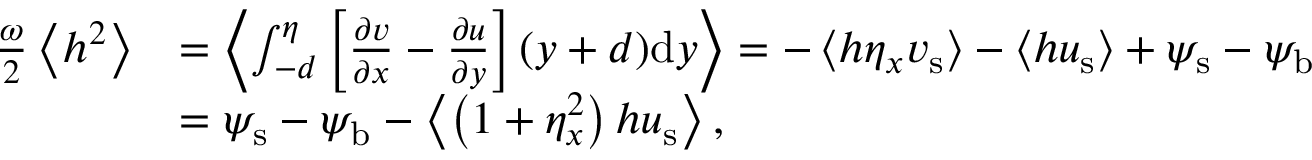
\begin{array} { r l } { \frac { \omega } { 2 } \left< h ^ { 2 } \right> } & { = \left< \int _ { - d } ^ { \eta } \left[ \frac { \partial v } { \partial x } - \frac { \partial u } { \partial y } \right] ( y + d ) \mathrm { d } y \right> = - \left< h \eta _ { x } { v } _ { \mathrm { s } } \right> - \left< h { u } _ { \mathrm { s } } \right> + { \psi } _ { \mathrm { s } } - { \psi } _ { \mathrm { b } } } \\ & { = { \psi } _ { \mathrm { s } } - { \psi } _ { \mathrm { b } } - \left< \left( 1 + \eta _ { x } ^ { 2 } \right) h { u } _ { \mathrm { s } } \right> , } \end{array}